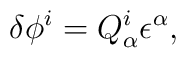
\delta \phi^i = Q^i_\alpha \epsilon^\alpha,